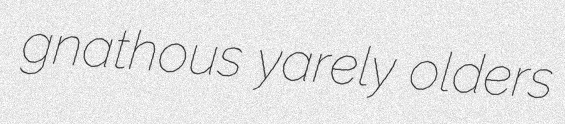
gnathous yarely olders